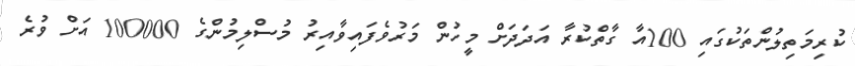
ކުރިމަތިލުންތަކުގައި 100އާ ގާތްކުރާ އަދަދަށް މީހުން މަރުވެފައިވާއިރު މުސްލިމުންގެ 100000 އަށް ވުރެ